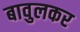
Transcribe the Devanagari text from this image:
बावुलकर